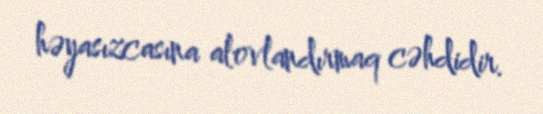
həyasızcasına alovlandırmaq cəhdidir.